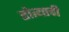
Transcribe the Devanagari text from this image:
होत्याची